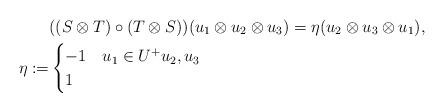
LaTeX: \begin{align*}&((S\otimes T)\circ(T\otimes S))(u_1\otimes u_2\otimes u_3)=\eta(u_2\otimes u_3\otimes u_1),\\\eta:=&\begin{cases}-1 &u_1\in U^+u_2,u_3\\1 &\end{cases}\end{align*}